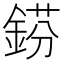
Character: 𨧼